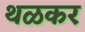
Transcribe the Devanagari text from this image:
थळकर